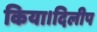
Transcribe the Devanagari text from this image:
किया।दिलीप